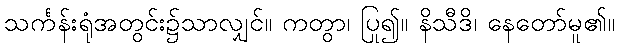
သင်္ကန်းရုံအတွင်း၌သာလျှင်။ ကတွာ၊ ပြု၍။ နိသီဒိ၊ နေတော်မူ၏။